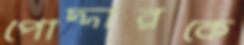
পোদ্দারকে